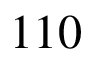
1 1 0